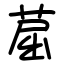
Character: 䓛